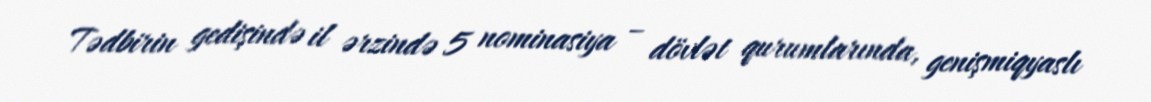
Tədbirin gedişində il ərzində 5 nominasiya – dövlət qurumlarında, genişmiqyaslı